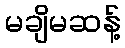
မချိမဆန့်